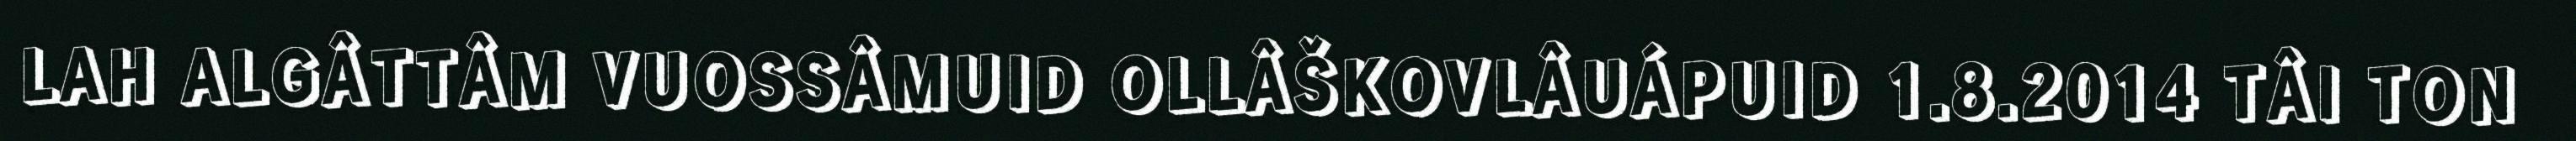
LAH ALGÂTTÂM VUOSSÂMUID OLLÂŠKOVLÂUÁPUID 1.8.2014 TÂI TON